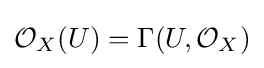
{\mathcal {O}}_{X}(U)=\Gamma (U,{\mathcal {O}}_{X})